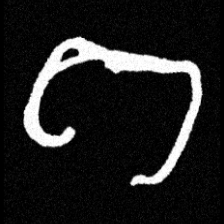
Pyu character \u2014 Myanmar letter: ဂ (romanized: ga)